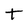
Character: t